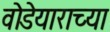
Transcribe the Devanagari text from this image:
वोडेयाराच्या